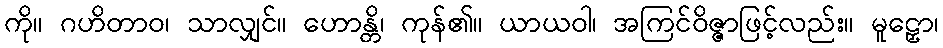
ကို။ ဂဟိတာဝ၊ သာလျှင်။ ဟောန္တိ၊ ကုန်၏။ ယာယဝါ၊ အကြင်ဝိဇ္ဇာဖြင့်လည်း။ မူဠှော၊